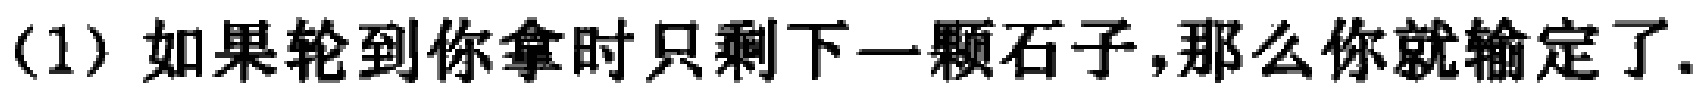
（1）如果轮到你拿时只剩下一颗石子，那么你就输定了.